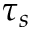
\tau _ { s }